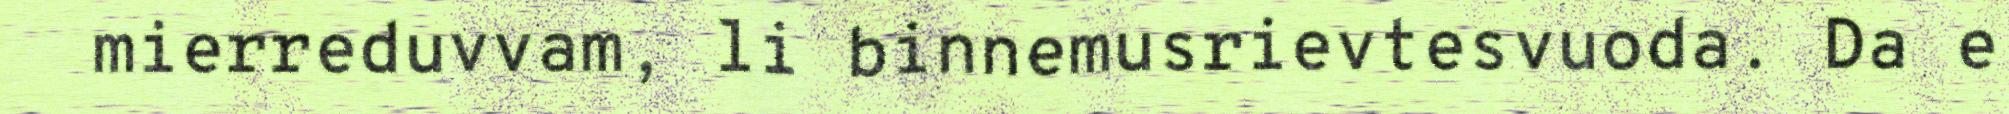
mierreduvvam, li binnemusrievtesvuoda. Da e